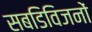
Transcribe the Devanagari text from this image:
सबडिविजनों